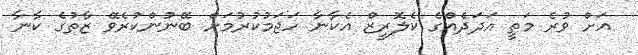
އަށް ވުރެ މަތީ އަދަދެއްގެ ކެލޮރީޒް އެކާނާ ހަޖަމުކުރުމަށް ބޭނުންކުރެވޭ ޒާތުގެ ކާނާ